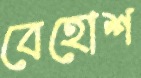
বেহোশ